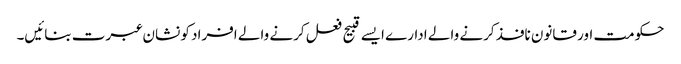
حکومت اور قانون نافذ کرنے والے ادارے ایسے قبیح فعل کرنے والے افراد کو نشان عبرت بنائیں۔